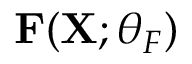
\mathbf { F } ( \mathbf { X } ; \theta _ { F } )